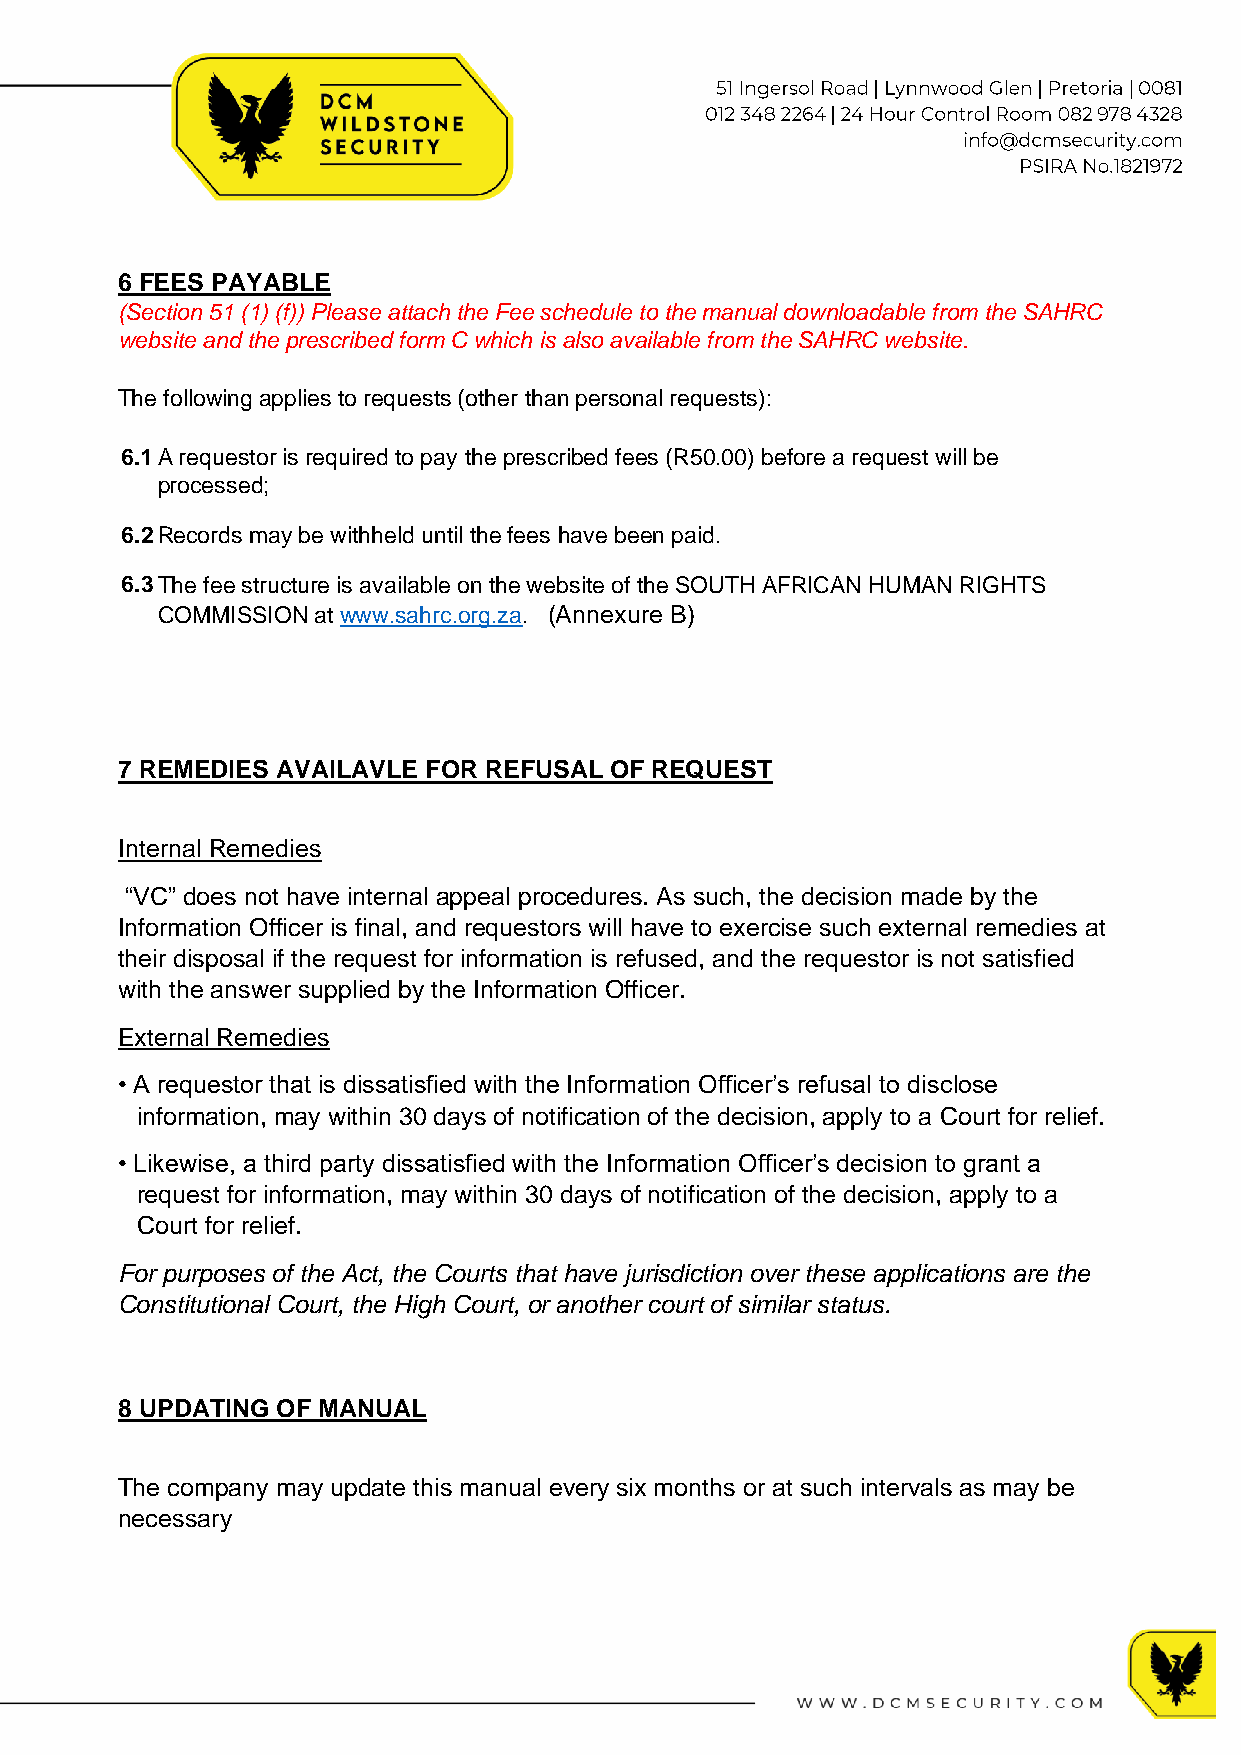
6 FEES PAYABLE
 (Section 51 (1) (f)) Please attach the Fee schedule to the manual downloadable from the SAHRC
 website and the prescribed form C which is also available from the SAHRC website.
 The following applies to requests (other than personal requests):
 6.1 A requestor is required to pay the prescribed fees (R50.00) before a request will be
 processed;
 6.2 R ecords may be withheld until the fees have been paid.
 6.3 T he fee structure is available on the website of the SOUTH AFRICAN HUMAN RIGHTS
 COMMISSION at www.sahrc.org.za. (Annexure B)
 7 REMEDIES AVAILAVLE FOR REFUSAL OF REQUEST
 Internal Remedies
 “VC” does not have internal appeal procedures. As such, the decision made by the
 Information Officer is final, and requestors will have to exercise such external remedies at
 their disposal if the request for information is refused, and the requestor is not satisfied
 with the answer supplied by the Information Officer.
 External Remedies
 • A requestor that is dissatisfied with the Information Officer’s refusal to disclose
 information, may within 30 days of notification of the decision, apply to a Court for relief.
 • Likewise, a third party dissatisfied with the Information Officer’s decision to grant a
 request for information, may within 30 days of notification of the decision, apply to a
 Court for relief.
 For purposes of the Act, the Courts that have jurisdiction over these applications are the
 Constitutional Court, the High Court, or another court of similar status.
 8 UPDATING OF MANUAL
 The company may update this manual every six months or at such intervals as may be
 necessary